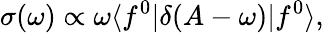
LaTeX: \sigma(\omega)\propto\omega\langle f^{0}|\delta(A-\omega)|f^{0}\rangle,